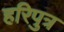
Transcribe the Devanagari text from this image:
हरिपुत्र